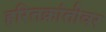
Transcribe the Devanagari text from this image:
हरितक्रांतीवर